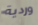
وردية